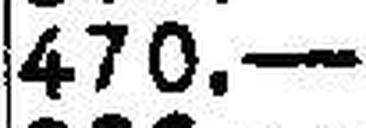
470.—